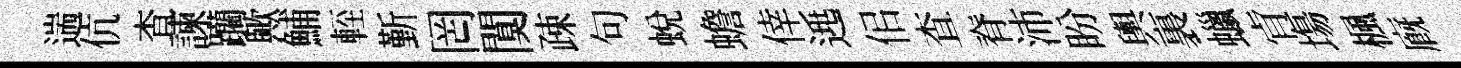
遄伉查諫躪歟鯆䡖斳罔闃疎句蛻蟾倖𨓱佀查脊沛盼輿裏蠟肻塲楓廐